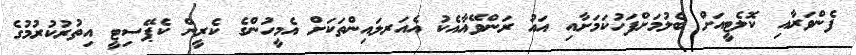
ފެންވަރާއި ކޮލެޓީއަށް ބެލުމަށްފަހުކަމަށާއި އައު ރަންވޭއާއެކު އެއަރލައިންތަކަށް އެމީހުންގެ ކެރީން ކެޕޭސިޓީ އިތުރުކުރުމުގެ